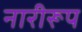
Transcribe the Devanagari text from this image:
नारीरूप